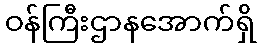
ဝန်ကြီးဌာနအောက်ရှိ